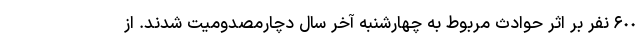
۶٠٠ نفر بر اثر حوادث مربوط به چهارشنبه آخر سال دچارمصدوميت شدند. از